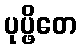
ပုပ္ဖိတေ